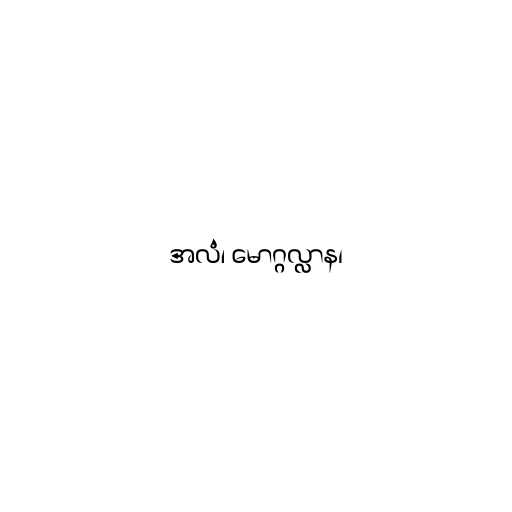
အလံ၊ မောဂ္ဂလ္လာန၊